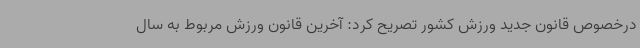
درخصوص قانون جدید ورزش کشور تصریح کرد: آخرین قانون ورزش مربوط به سال